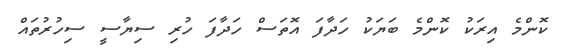
ކޮންމެ އިރަކު ކޮންމެ ބަޔަކު ހަދާފަ އޮތަސް ހަދާފަ ހުރި ސިޔާސީ ސިހުރުތައް